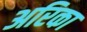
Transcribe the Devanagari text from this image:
अरिका